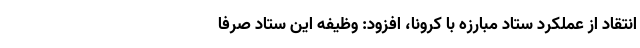
انتقاد از عملکرد ستاد مبارزه با کرونا، افزود: وظیفه این ستاد صرفاً